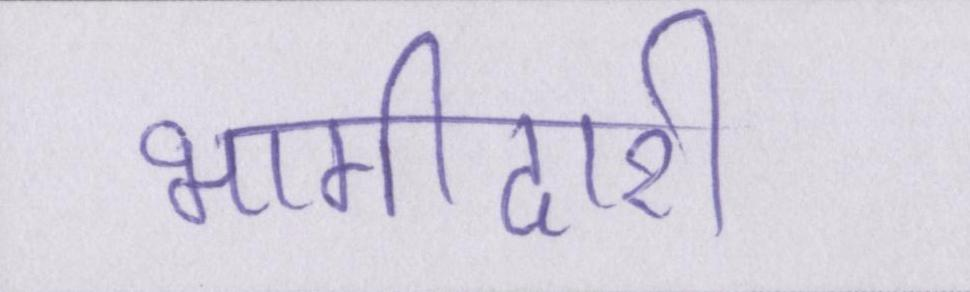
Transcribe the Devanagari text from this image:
भागीदारी